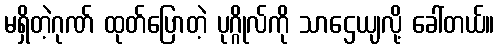
မရှိတဲ့ဂုဏ် ထုတ်ပြောတဲ့ ပုဂ္ဂိုလ်ကို သာဌေယျလို့ ခေါ်တယ်။